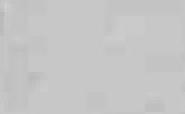
二